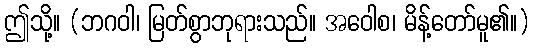
ဤသို့။ (ဘဂဝါ၊ မြတ်စွာဘုရားသည်။ အဝေါစ၊ မိန့်တော်မူ၏။)